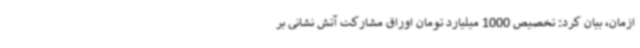
ازمان، بیان کرد: تخصیص 1000 میلیارد تومان اوراق مشارکت آتش نشانی بر